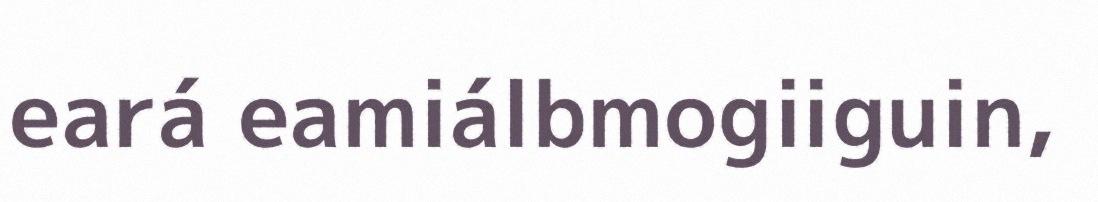
eará eamiálbmogiiguin,